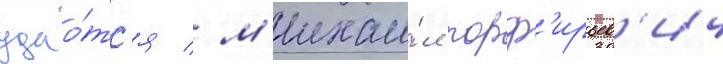
удао́тс'я / м'ихаи́л порф'ирьев'ич